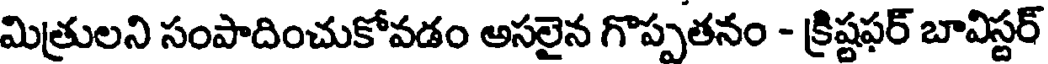
మిత్రులని సంపాదించుకోవడం అసలైన గొప్పతనం - క్రిష్టఫర్ బావిస్టర్